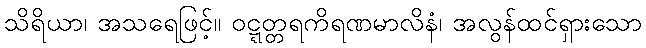
သိရိယာ၊ အသရေဖြင့်။ ဝဋ္ဋတ္တရကိရဏမာလိနံ၊ အလွန်ထင်ရှားသော